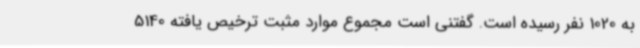
به 1020 نفر رسیده است. گفتنی است مجموع موارد مثبت ترخیص ‌یافته 5140